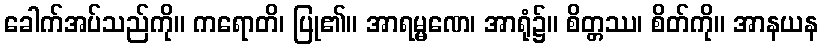
ခေါက်အပ်သည်ကို။ ကရောတိ၊ ပြု၏။ အာရမ္မဏေ၊ အာရုံ၌။ စိတ္တဿ၊ စိတ်ကို။ အာနယန